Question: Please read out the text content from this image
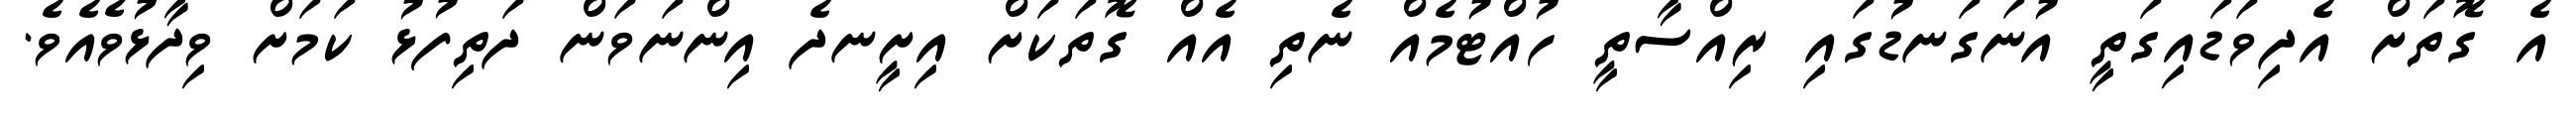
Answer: އެ ގޮތަށް އެދިވަޑައިގަތީ އުނަގަނޑުގައި ރިއްސާތީ ހުއްޓުމެއް ނެތި އެއް ގޮތަކަށް އިށީނދެ އިންނަވަން ދަތިފުޅު ކަމަށް ވިދާޅުވެއެވެ.